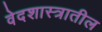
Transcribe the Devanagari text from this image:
वेदशास्त्रातील